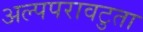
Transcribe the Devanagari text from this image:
अल्पपरावटुता